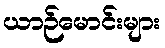
ယာဉ်မောင်းများ